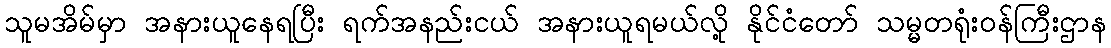
သူမအိမ်မှာ အနားယူနေရပြီး ရက်အနည်းငယ် အနားယူရမယ်လို့ နိုင်ငံတော် သမ္မတရုံးဝန်ကြီးဌာန